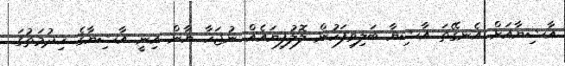
އާޝިޔާއަށް އެނގޭތަ އާޝިޔާ ބަލިވިފަހުން ލޮލުފިޔައެއް ނުޖަހާ ޔާން އިނީ އާޝިޔާގެ ޚިދުމަތުގަ.